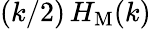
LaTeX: (k/2)\, H_{\mathrm{M}}(k)